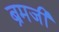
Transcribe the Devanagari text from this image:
ब्रमजी